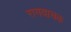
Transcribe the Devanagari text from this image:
रागवाचक